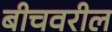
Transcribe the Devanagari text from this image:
बीचवरील